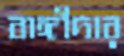
বাঙ্গীদার